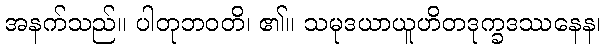
အနက်သည်။ ပါတုဘဝတိ၊ ၏။ သမုဒယာယူဟိတဒုက္ခဒဿနေန၊